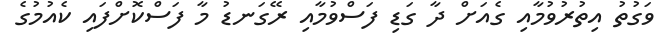
ވަގުތު އިތުރުވުމާއި ގެއަށް ދާ ގަޑި ފަސްވުމާއި ރޭގަނޑު މާ ފަސްކޮށްފައި ކެއުމުގެ